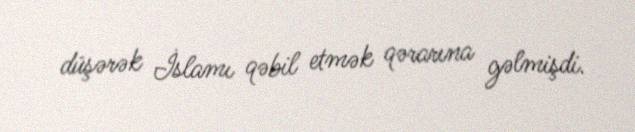
düşərək İslamı qəbil etmək qərarına gəlmişdi.